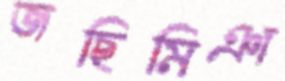
জছিমিঞা